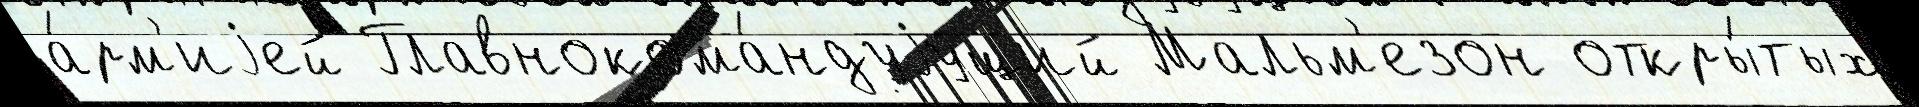
а́рм'иjей Главнокома́ндуjущий Мальм'езон откры́тых